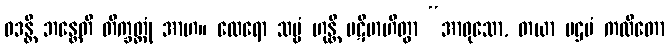
ဝဒန္တိ ဘန္တေတိ တိက္ခတ္တုံ အာဟ။ ထေရော သဗ္ဗံ ဟုန္တိ ပဋိဗာဟိတွာ “အာဝုသော, တယာ ပဌမံ ကထိတော